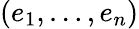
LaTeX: (e_{1},\ldots,e_{n})